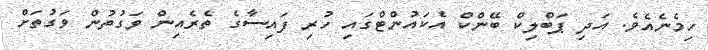
ހިމެނެއެވެ. އަދި ޕަބްލިކް ބޭންކް އެކައުންޓްގައި ހުރި ފައިސާގެ ތެރެއިން ވަގުތުން ވަގުތަށް